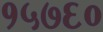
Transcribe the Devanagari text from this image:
१५७६०